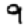
Digit: 9